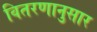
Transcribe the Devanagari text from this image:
वितरणानुसार